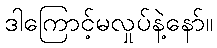
ဒါကြောင့်မလှုပ်နဲ့နော်။